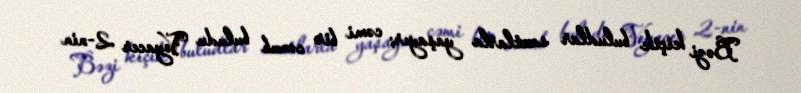
Bəzi kiçik buludlar saatlarla yaşayır; cəmi bir cənub buludu Voyacer 2-nin